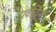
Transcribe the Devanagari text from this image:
प्रवर्द्धिनी